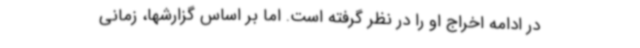
در ادامه اخراج او را در نظر گرفته است. اما بر اساس گزارشها، زمانی